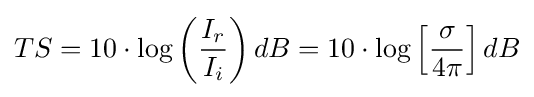
TS=10\cdot \log \left({\frac {I_{r}}{I_{i}}}\right)dB=10\cdot \log \left[{\frac {\sigma }{4\pi }}\right]dB